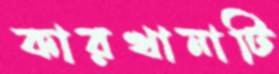
কারখানাটি